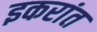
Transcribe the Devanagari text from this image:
इकरांत